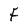
Character: F